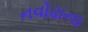
નવોઢાના